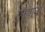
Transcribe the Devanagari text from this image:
गरवानी